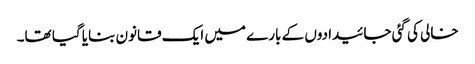
خالی کی گئی جائیدادوں کے بارے میں ایک قانون بنایا گیا تھا۔